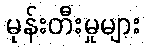
မုန်းတီးမှုများ